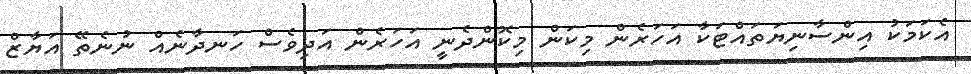
އެކަމަކު އިންސާނިޔަތައްޓަކާ އަހަރެން މިކަން މިކޮންދެނީ އަހަރެން އަދިވެސް ހަނދާނެއް ނުނެތޭ އަޔާޒް